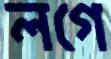
লগে